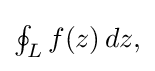
{\textstyle \oint _{L}f(z)\,dz,}